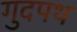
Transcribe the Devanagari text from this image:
गुदपथ